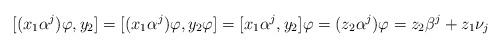
LaTeX: \begin{align*} [(x_1 \alpha^j)\varphi, y_2 ] = [(x_1 \alpha^j)\varphi, y_2\varphi ] = [x_1 \alpha^j, y_2] \varphi = (z_2 \alpha^j) \varphi = z_2 \beta^j + z_1 \nu_j \end{align*}